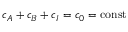
c _ { A } + c _ { B } + c _ { I } = c _ { 0 } = \mathrm { c o n s t }